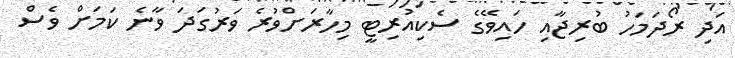
އަދި ރޯދަމަހު ބުރިޖާއި ހައިވޭގެ ސެކިއުރިޓީ މިހާރަށްވުރެ ވަރުގަދަ ވާނެ ކަމަށް ވެސް